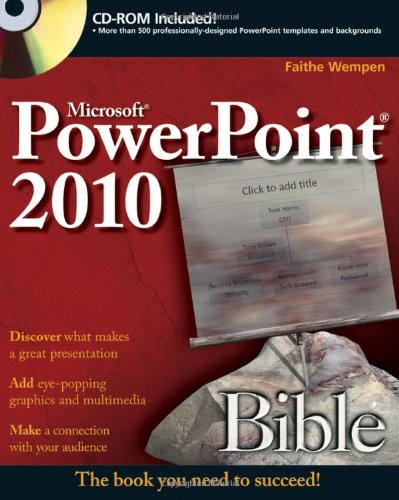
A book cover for PowerPoint 2010 Bible; Faithe Wempen; Computers & Technology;